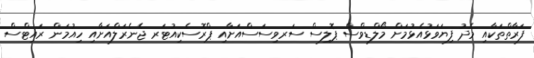
ފަރާތްތަކާއި މެދު ފިޔަވަޅުއެޅުމަށް މޯލްޑިވްސް ޕޮލިސް ސަރވިސަސްއަށާއި ޕްރޮސެކިއުޓަރ ޖެނެރަލްއަށާއި ހިއުމަން ރައިޓްސް